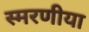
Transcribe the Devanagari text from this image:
स्मरणीया